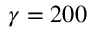
\gamma = 2 0 0